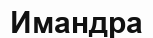
Имандра